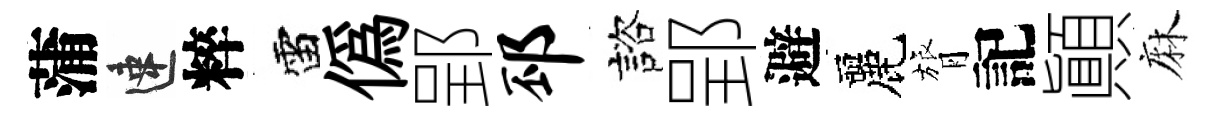
蒲速粹雷偽郢邳諮郢避麗膂記顚麻